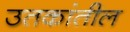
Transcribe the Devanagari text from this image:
उतकांतील